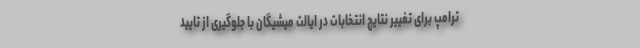
ترامپ برای تغییر نتایج انتخابات در ایالت میشیگان با جلوگیری از تایید